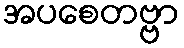
အပစေတဗ္ဗာ